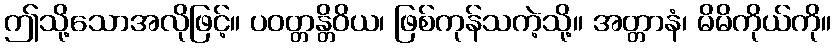
ဤသို့သောအလိုဖြင့်။ ပဝတ္တန္တိဝိယ၊ ဖြစ်ကုန်သကဲ့သို့။ အတ္တာနံ၊ မိမိကိုယ်ကို။